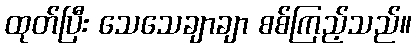
ထုတ်ပြီး သေသေချာချာ စစ်ကြည့်သည်။